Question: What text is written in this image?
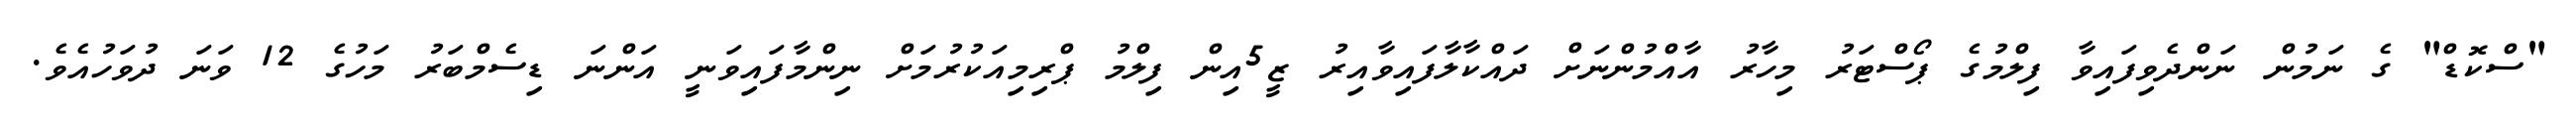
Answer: "ސްކޮޑް" ގެ ނަމުން ނަންދެވިފައިވާ ފިލްމުގެ ޕޯސްޓަރު މިހާރު އާއްމުންނަށް ދައްކާލާފައިވާއިރު ޒީ5އިން ފިލްމު ޕްރިމިއަކުރުމަށް ނިންމާފައިވަނީ އަންނަ ޑިސެމްބަރު މަހުގެ 12 ވަނަ ދުވަހުއެވެ.